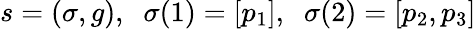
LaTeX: \begin{array}{r}{s=(\sigma,g),\; \; \sigma(1)=[p_{1}],\; \; \sigma(2)=[p_{2},p_{3}]}\end{array}